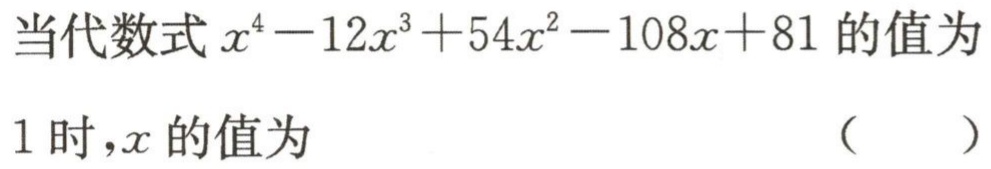
当代数式\(x^{4}-12x^{3}+54x^{2}-108x + 81\)的值为\(1\)时，\(x\)的值为 （  ）